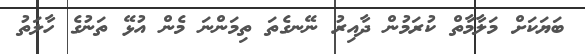
ބަޔަކަށް މަލާމާތް ކުރަމުން ދާއިރު ނޭނގެތަ ތިމަންނަ މެން އުޅޭ ތަނުގެ ހާލަތު